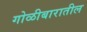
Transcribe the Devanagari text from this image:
गोळीबारातील